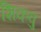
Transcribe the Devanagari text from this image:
शिकवु